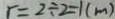
r = 2 \div 2 = 1 ( m )